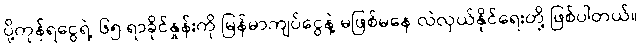
ပို့ကုန်ရငွေရဲ့ ၆၅ ရာခိုင်နှုန်းကို မြန်မာကျပ်ငွေနဲ့ မဖြစ်မနေ လဲလှယ်နိုင်ရေးတို့ ဖြစ်ပါတယ်။